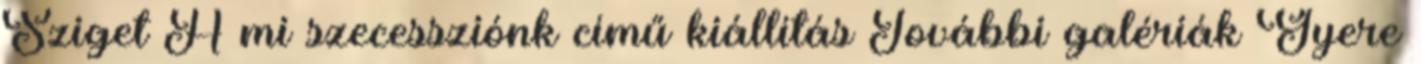
Sziget A mi szecessziónk című kiállítás További galériák Gyere